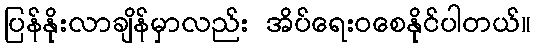
ပြန်နိုးလာချိန်မှာလည်း အိပ်ရေးဝစေနိုင်ပါတယ်။